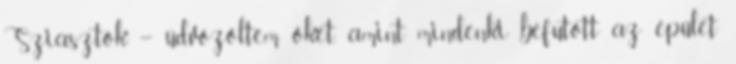
Sziasztok – üdvözöltem őket, amint mindenki befutott az épület